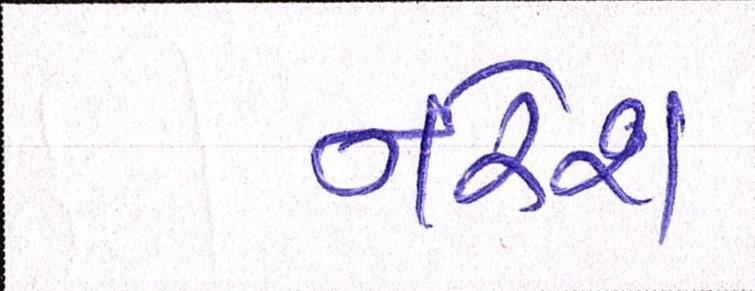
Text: નરેશ